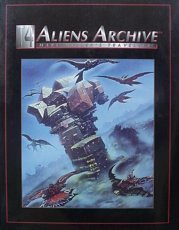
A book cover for Aliens Archive: Traveller Role Playing Game; Marc Miller; Science Fiction & Fantasy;